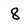
Character: 8